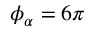
\phi _ { \alpha } = 6 \pi